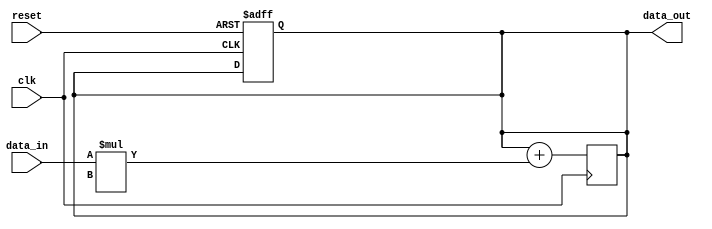
module FIR_accumulator(
    input wire clk,        // Clock input
    input wire reset,      // Reset signal
    input wire [7:0] data_in,  // Input data signal
    output wire [15:0] data_out   // Output filtered signal
);

reg [15:0] accumulator;     // Accumulator variable

// Reset accumulator on reset signal
always @(posedge clk or posedge reset)
begin
    if (reset)
        accumulator <= 16'b0;
    else
        accumulator <= accumulator;
end

// Add input data multiplied by filter coefficients to accumulator
always @(posedge clk)
begin
    accumulator <= accumulator + data_in * filter_coefficient;  // Replace filter_coefficient with actual coefficient values
end

assign data_out = accumulator;

endmodule